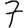
Digit: 7